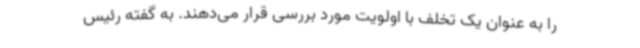
را به عنوان یک تخلف با اولویت مورد بررسی قرار می‌دهند. به گفته رئیس